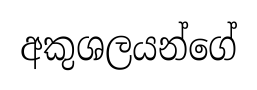
අකුශලයන්ගේ